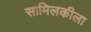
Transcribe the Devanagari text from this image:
सामिलकीला